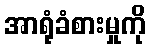
အာရုံခံစားမှုကို